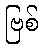
ဗြစ်